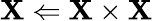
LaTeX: \mathbf{X}\Leftarrow\mathbf{X}\times\mathbf{X}